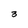
Character: 3